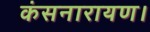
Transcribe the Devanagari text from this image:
कंसनारायण।